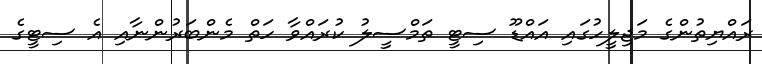
ރައްޔިތުންގެ މަޖިލީހުގައި އައްޑޫ ސިޓީ ތަމްސީލު ކުރައްވާ ހަތް މެންބަރުންނާއި އެ ސިޓީގެ